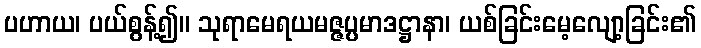
ပဟာယ၊ ပယ်စွန့်၍။ သုရာမေရယမဇ္ဇပ္ပမာဒဋ္ဌာနာ၊ ယစ်ခြင်းမေ့လျော့ခြင်း၏